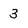
Character: 3